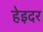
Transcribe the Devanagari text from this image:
हेइदर